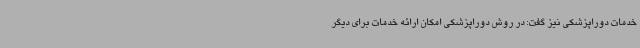
خدمات دوراپزشکی نیز گفت: در روش دوراپزشکی امکان ارائه خدمات برای دیگر